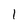
Character: 1